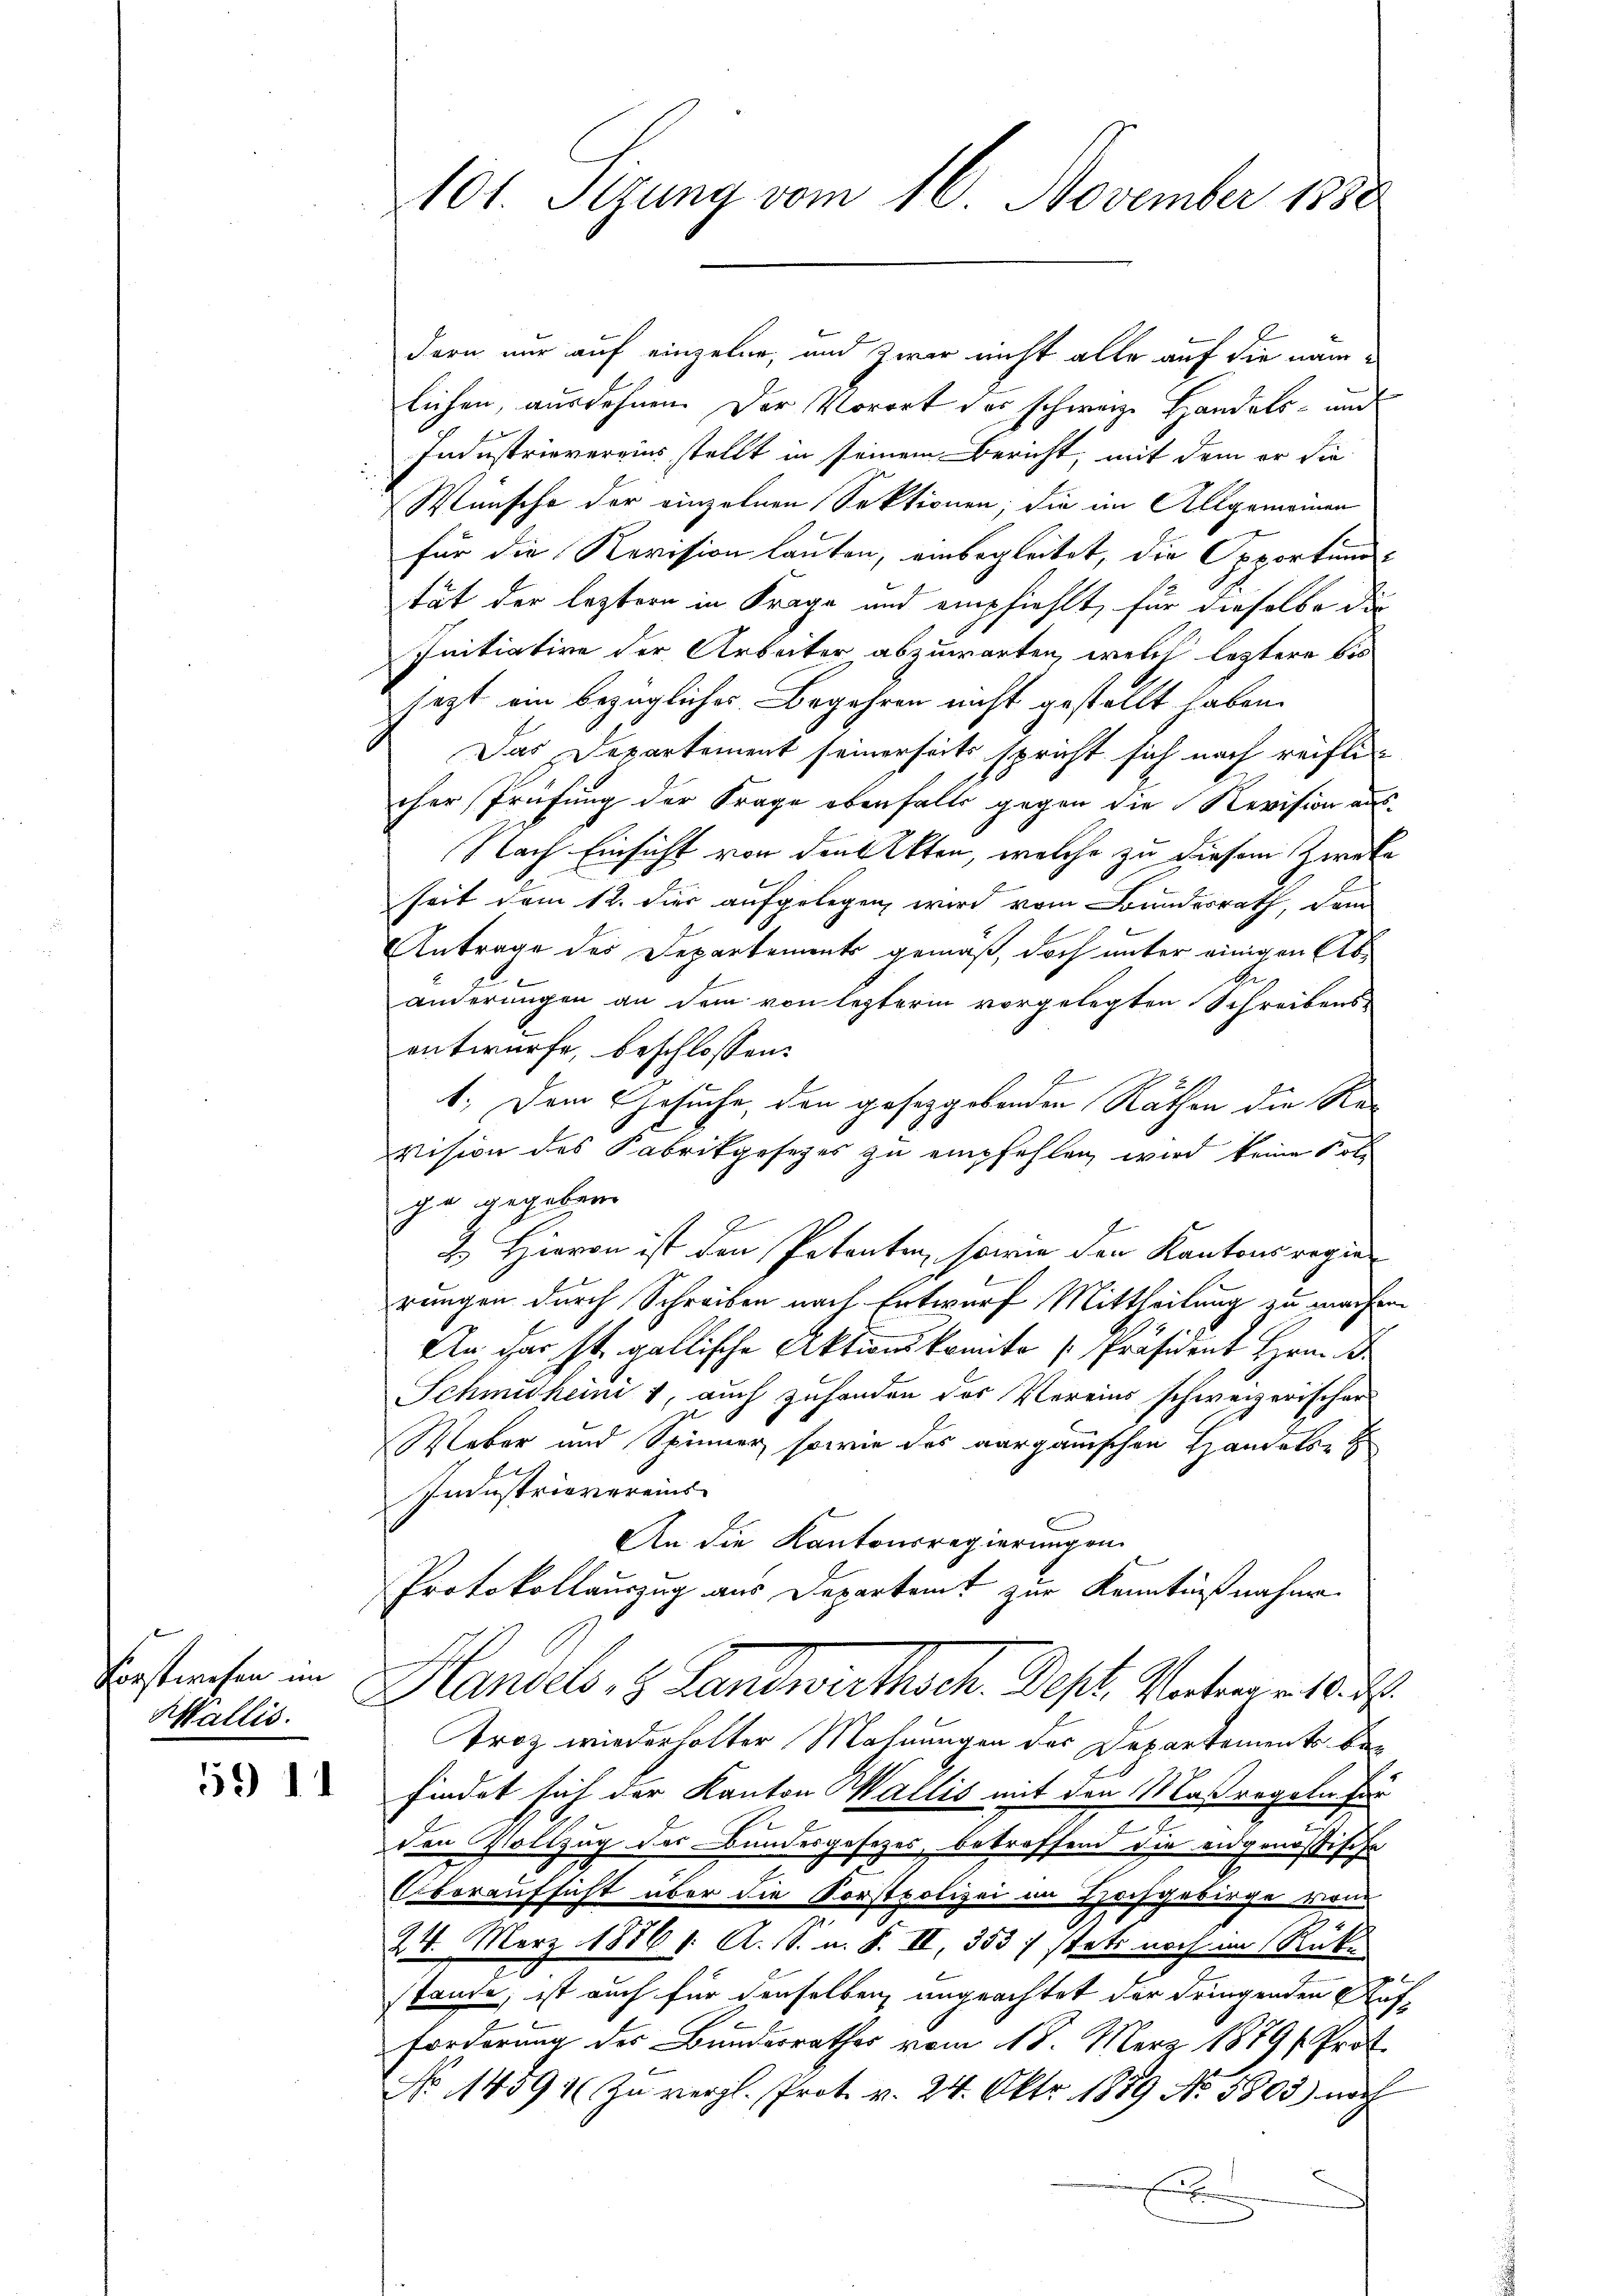
Vorstwesen im
Wallis.

59 11

101. Sizung vom 16. November 1850

dern nur auf einzelne, und zwar nicht alle auf die nämlichen, ausdehnen. Der Vorort des schwarze Handels- und
Industrievereins stellt in seinem Bericht, mit dem er die
Wünsche der einzelnen Sektionen; die an Allgemeinen
für die Revision lauten, einbegleitet, die Opportuntät der leztern in Frage und empfiehlt, für dieselbe die
Initiative der Arbeiter abzuwarten, welch leztere bis
sezt ein bezüglicher Begehren nicht gestellt haben.
Das Departement seinerseits spricht sich nach reifli
cher Prüfung der Frage ebenfalls gegen die Revision aus-
Nach Einsicht von den Akten, welche zu diesem Zweife
seit dem 12. dies aufgelegen, wird vom Bundesrath, dem
Antrage des Departements gemäß, doch unter einigen Abanderungen an dem von lezterm vorgelegten Schreibens
entwurfe, beschlossen:
1. Dem Gesuche, den gesetzgebenden Räthen die Re-
vision des Fabrikgesezes zu empfehlen wird keine sol
ge gegeben
2. Hievon ist den Petenten, sowie den Kantonsregier
rungen durch Schreiben nach Entwurf Mittheilung zu machen
An das st. gallische Aktionskonte [Präsident Hrn. D
Schmutheini 1, auch zuhanden das Vereins schweizerischers
Weber und Spinner sowie des aarganischen Handelsr
Industrievereins
An die Kantonsregierungen
Protokollauszug aus Departamt zur Kenntnißnahme.
Handels, 8 Landwirthsch. Dest. Vorten . 10. 2.
Troz wiederholter Mahnungen des Departements befindet sich der Kanton Wallis mit den Maßregeln für
den Vollzug des Bundesgesetzes, betroffend die eidgenössische
Oberaufsicht über die Korstpolizei im Hochgebirge von
24. März 1886 f. A. S. u. S. II, 353 / stets noch im Rückstande, ist auch für denselben ungeachtet der dringenden Auf-
Forderung des Bunderrathes vom 15. März 1879 Prof.
No 114591 zu vergl. Prot. v. 24. Okto. 1889 No 5803) nach
E